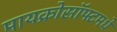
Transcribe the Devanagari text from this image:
मायक्रोसॉफ्टमधे